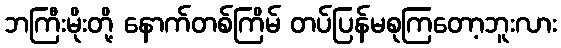
ဘကြီးမိုးတို့ နောက်တစ်ကြိမ် တပ်ပြန်မစုကြတော့ဘူးလား